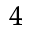
_ 4